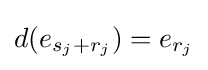
d(e_{s_{j}+r_{j}})=e_{r_{j}}